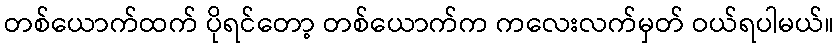
တစ်ယောက်ထက် ပိုရင်တော့ တစ်ယောက်က ကလေးလက်မှတ် ဝယ်ရပါမယ်။